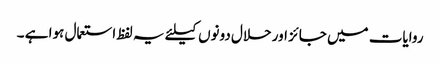
روایات میں جائز اور حلال دونوں کیلئے یہ لفظ استعمال ہوا ہے ۔